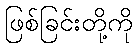
ဖြစ်ခြင်းတို့ကို